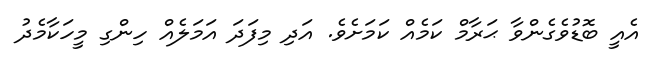
އެއީ ބޮޑުވެގެންވާ ޙަރާމް ކަމެއް ކަމަށެވެ. އަދި މިފަދަ އަމަލެއް ހިންގި މީހަކާމެދު